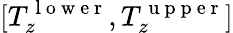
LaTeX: [T_{z}^{\mathrm{~l~o~w~e~r~}},T_{z}^{\mathrm{~u~p~p~e~r~}}]